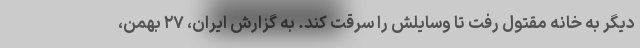
دیگر به خانه مقتول رفت تا وسایلش را سرقت کند. به گزارش ایران، ۲۷ بهمن،